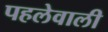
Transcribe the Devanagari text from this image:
पहलेवाली